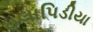
ઇલાપિડીયા